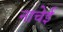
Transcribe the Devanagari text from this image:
नाचेई